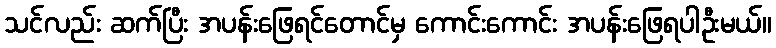
သင်လည်း ဆက်ပြီး အပန်းဖြေရင်တောင်မှ ကောင်းကောင်း အပန်းဖြေရပါဦးမယ်။